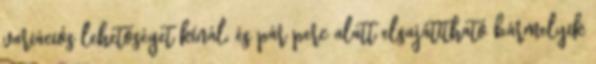
variációs lehetőséget kínál, és pár perc alatt elsajátítható bármelyik